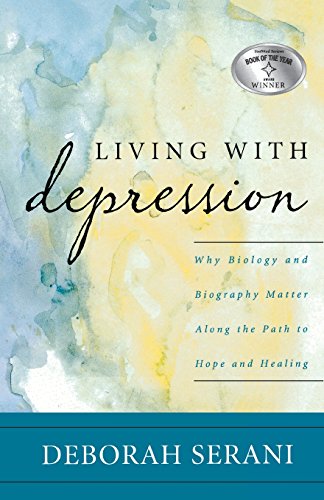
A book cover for Living with Depression: Why Biology and Biography Matter along the Path to Hope and Healing; Deborah Serani PsyD  Professor at Adelphi University and author of Living with Depression; Health, Fitness & Dieting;